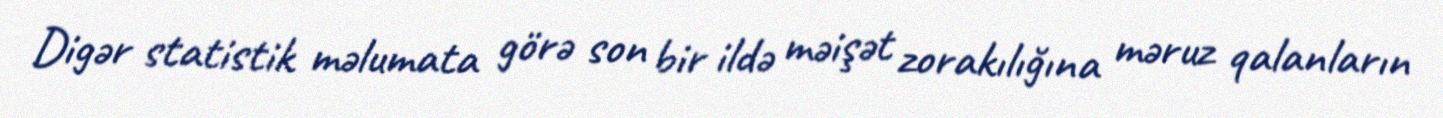
Digər statistik məlumata görə son bir ildə məişət zorakılığına məruz qalanların